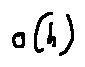
o ( h )